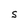
Character: S